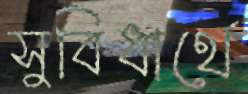
সুবিধার্থে